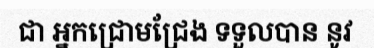
ជា អ្នកជ្រោមជ្រែង ទទួលបាន នូវ